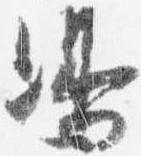
嶋